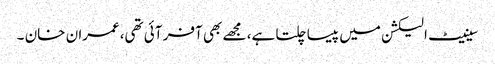
سینیٹ الیکشن میں پیسا چلتا ہے، مجھے بھی آفر آئی تھی،عمران خان ۔